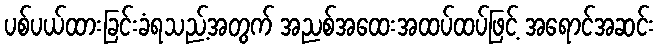
ပစ်ပယ်ထားခြင်းခံရသည့်အတွက် အညစ်အထေးအထပ်ထပ်ဖြင့် အရောင်အဆင်း